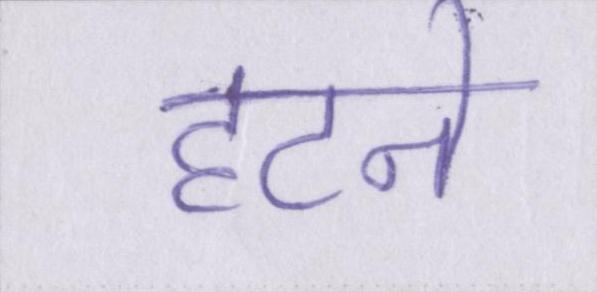
हटने